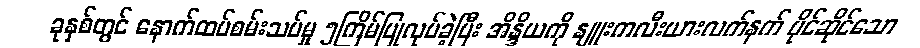
ခုနှစ်တွင် နောက်ထပ်စမ်းသပ်မှု ၅ကြိမ်ပြုလုပ်ခဲ့ပြီး အိန္ဒိယကို နျူးကလီးယားလက်နက် ပိုင်ဆိုင်သော